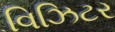
વિઝિટર